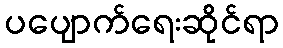
ပပျောက်ရေးဆိုင်ရာ